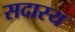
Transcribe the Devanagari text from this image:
सदास्य